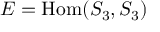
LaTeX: E = \operatorname { H o m } ( S _ { 3 } , S _ { 3 } )